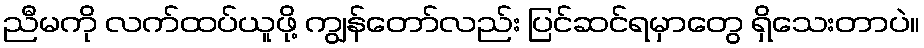
ညီမကို လက်ထပ်ယူဖို့ ကျွန်တော်လည်း ပြင်ဆင်ရမှာတွေ ရှိသေးတာပဲ။